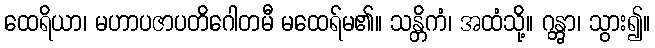
ထေရိယာ၊ မဟာပဇာပတိဂေါတမီ မထေရ်မ၏။ သန္တိကံ၊ အထံသို့။ ဂန္တွာ၊ သွား၍။